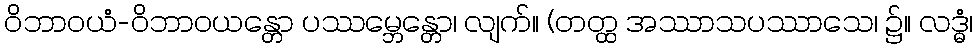
ဝိဘာဝယံ-ဝိဘာဝယန္တော ပဿမ္ဘေန္တော၊ လျက်။ (တတ္ထ အဿာသပဿာသေ၊ ၌။ လဒ္ဓံ၊